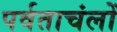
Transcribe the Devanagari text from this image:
पर्वताचंलों